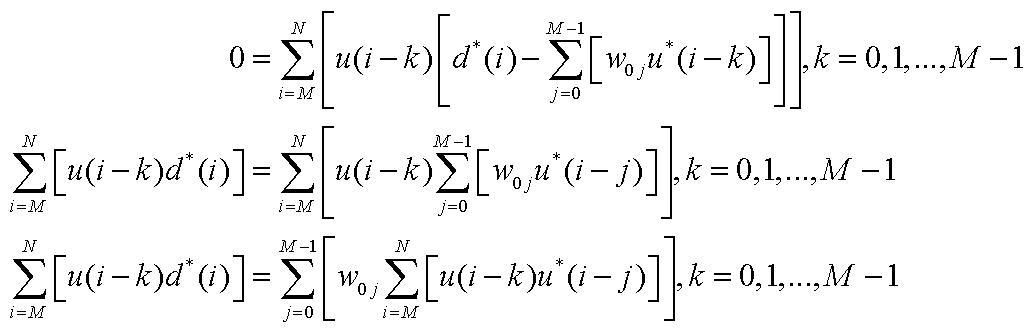
\[
\begin{align*}
0&=\sum_{i = M}^{N}\left[u(i - k)\left[d^{*}(i)-\sum_{j = 0}^{M - 1}\left[w_{0j}u^{*}(i - k)\right]\right]\right],k = 0,1,\ldots,M - 1\\
\sum_{i = M}^{N}\left[u(i - k)d^{*}(i)\right]&=\sum_{i = M}^{N}\left[u(i - k)\sum_{j = 0}^{M - 1}\left[w_{0j}u^{*}(i - j)\right]\right],k = 0,1,\ldots,M - 1\\
\sum_{i = M}^{N}\left[u(i - k)d^{*}(i)\right]&=\sum_{j = 0}^{M - 1}\left[w_{0j}\sum_{i = M}^{N}\left[u(i - k)u^{*}(i - j)\right]\right],k = 0,1,\ldots,M - 1
\end{align*}
\]